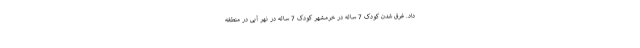
داد. غرق شدن کودک 7 ساله در خرمشهر کودک 7 ساله در نهر آبی در منطقه